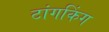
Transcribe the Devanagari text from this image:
टांगकिंग